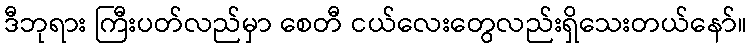
ဒီဘုရား ကြီးပတ်လည်မှာ စေတီ ငယ်လေးတွေလည်းရှိသေးတယ်နော်။